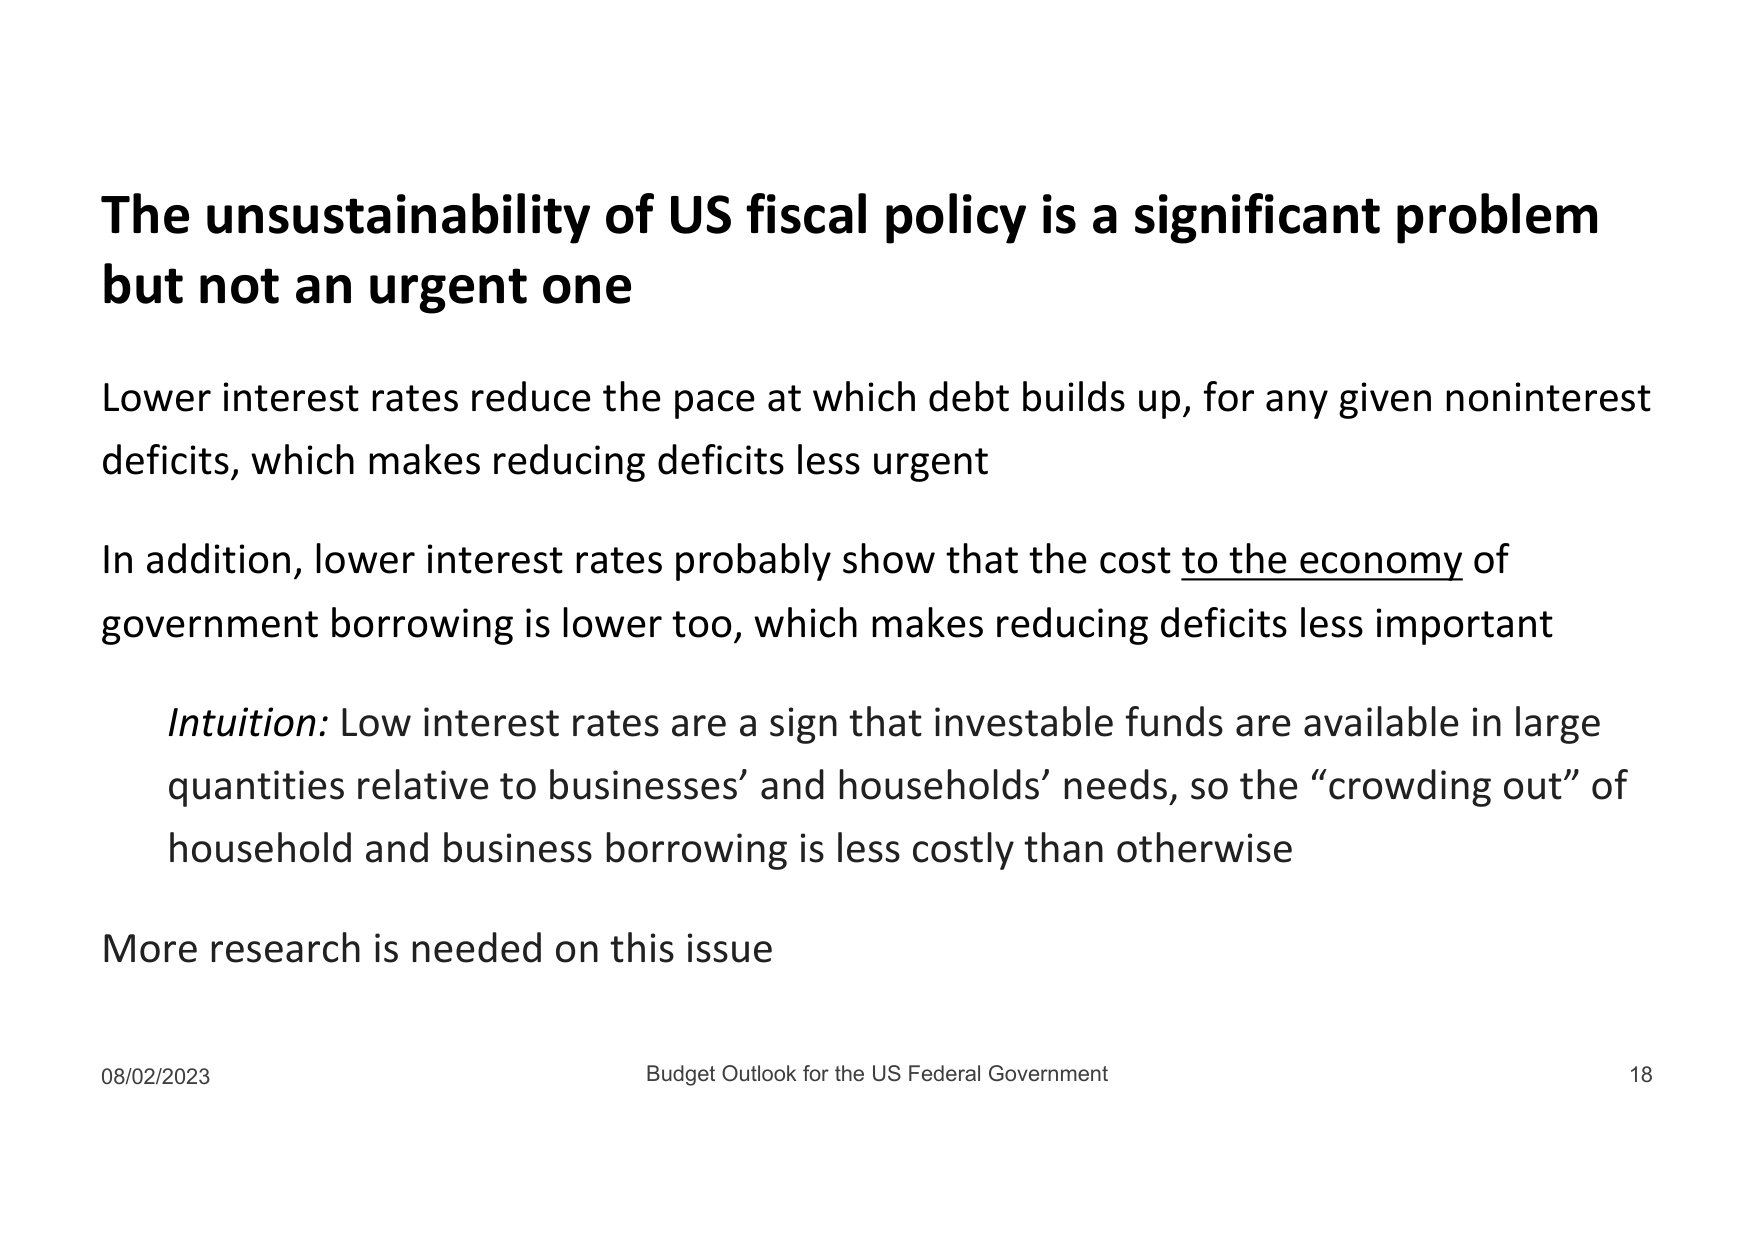
The unsustainability of US fiscal policy is a significant problem but not an urgent one

Lower interest rates reduce the pace at which debt builds up, for any given noninterest deficits, which makes reducing deficits less urgent

In addition, lower interest rates probably show that the cost to the economy of government borrowing is lower too, which makes reducing deficits less important

Intuition: Low interest rates are a sign that investable funds are available in large quantities relative to businesses’ and households’ needs, so the “crowding out” of household and business borrowing is less costly than otherwise

More research is needed on this issue

08/02/2023 Budget Outlook for the US Federal Government 18